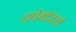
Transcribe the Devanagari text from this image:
स्पेक्टेटर्स